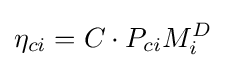
\eta _{ci}=C\cdot P_{ci}M_{i}^{D}